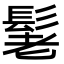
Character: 𮫃